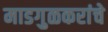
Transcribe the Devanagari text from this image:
माडगुळकरांचे